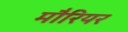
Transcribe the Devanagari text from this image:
मौरियर